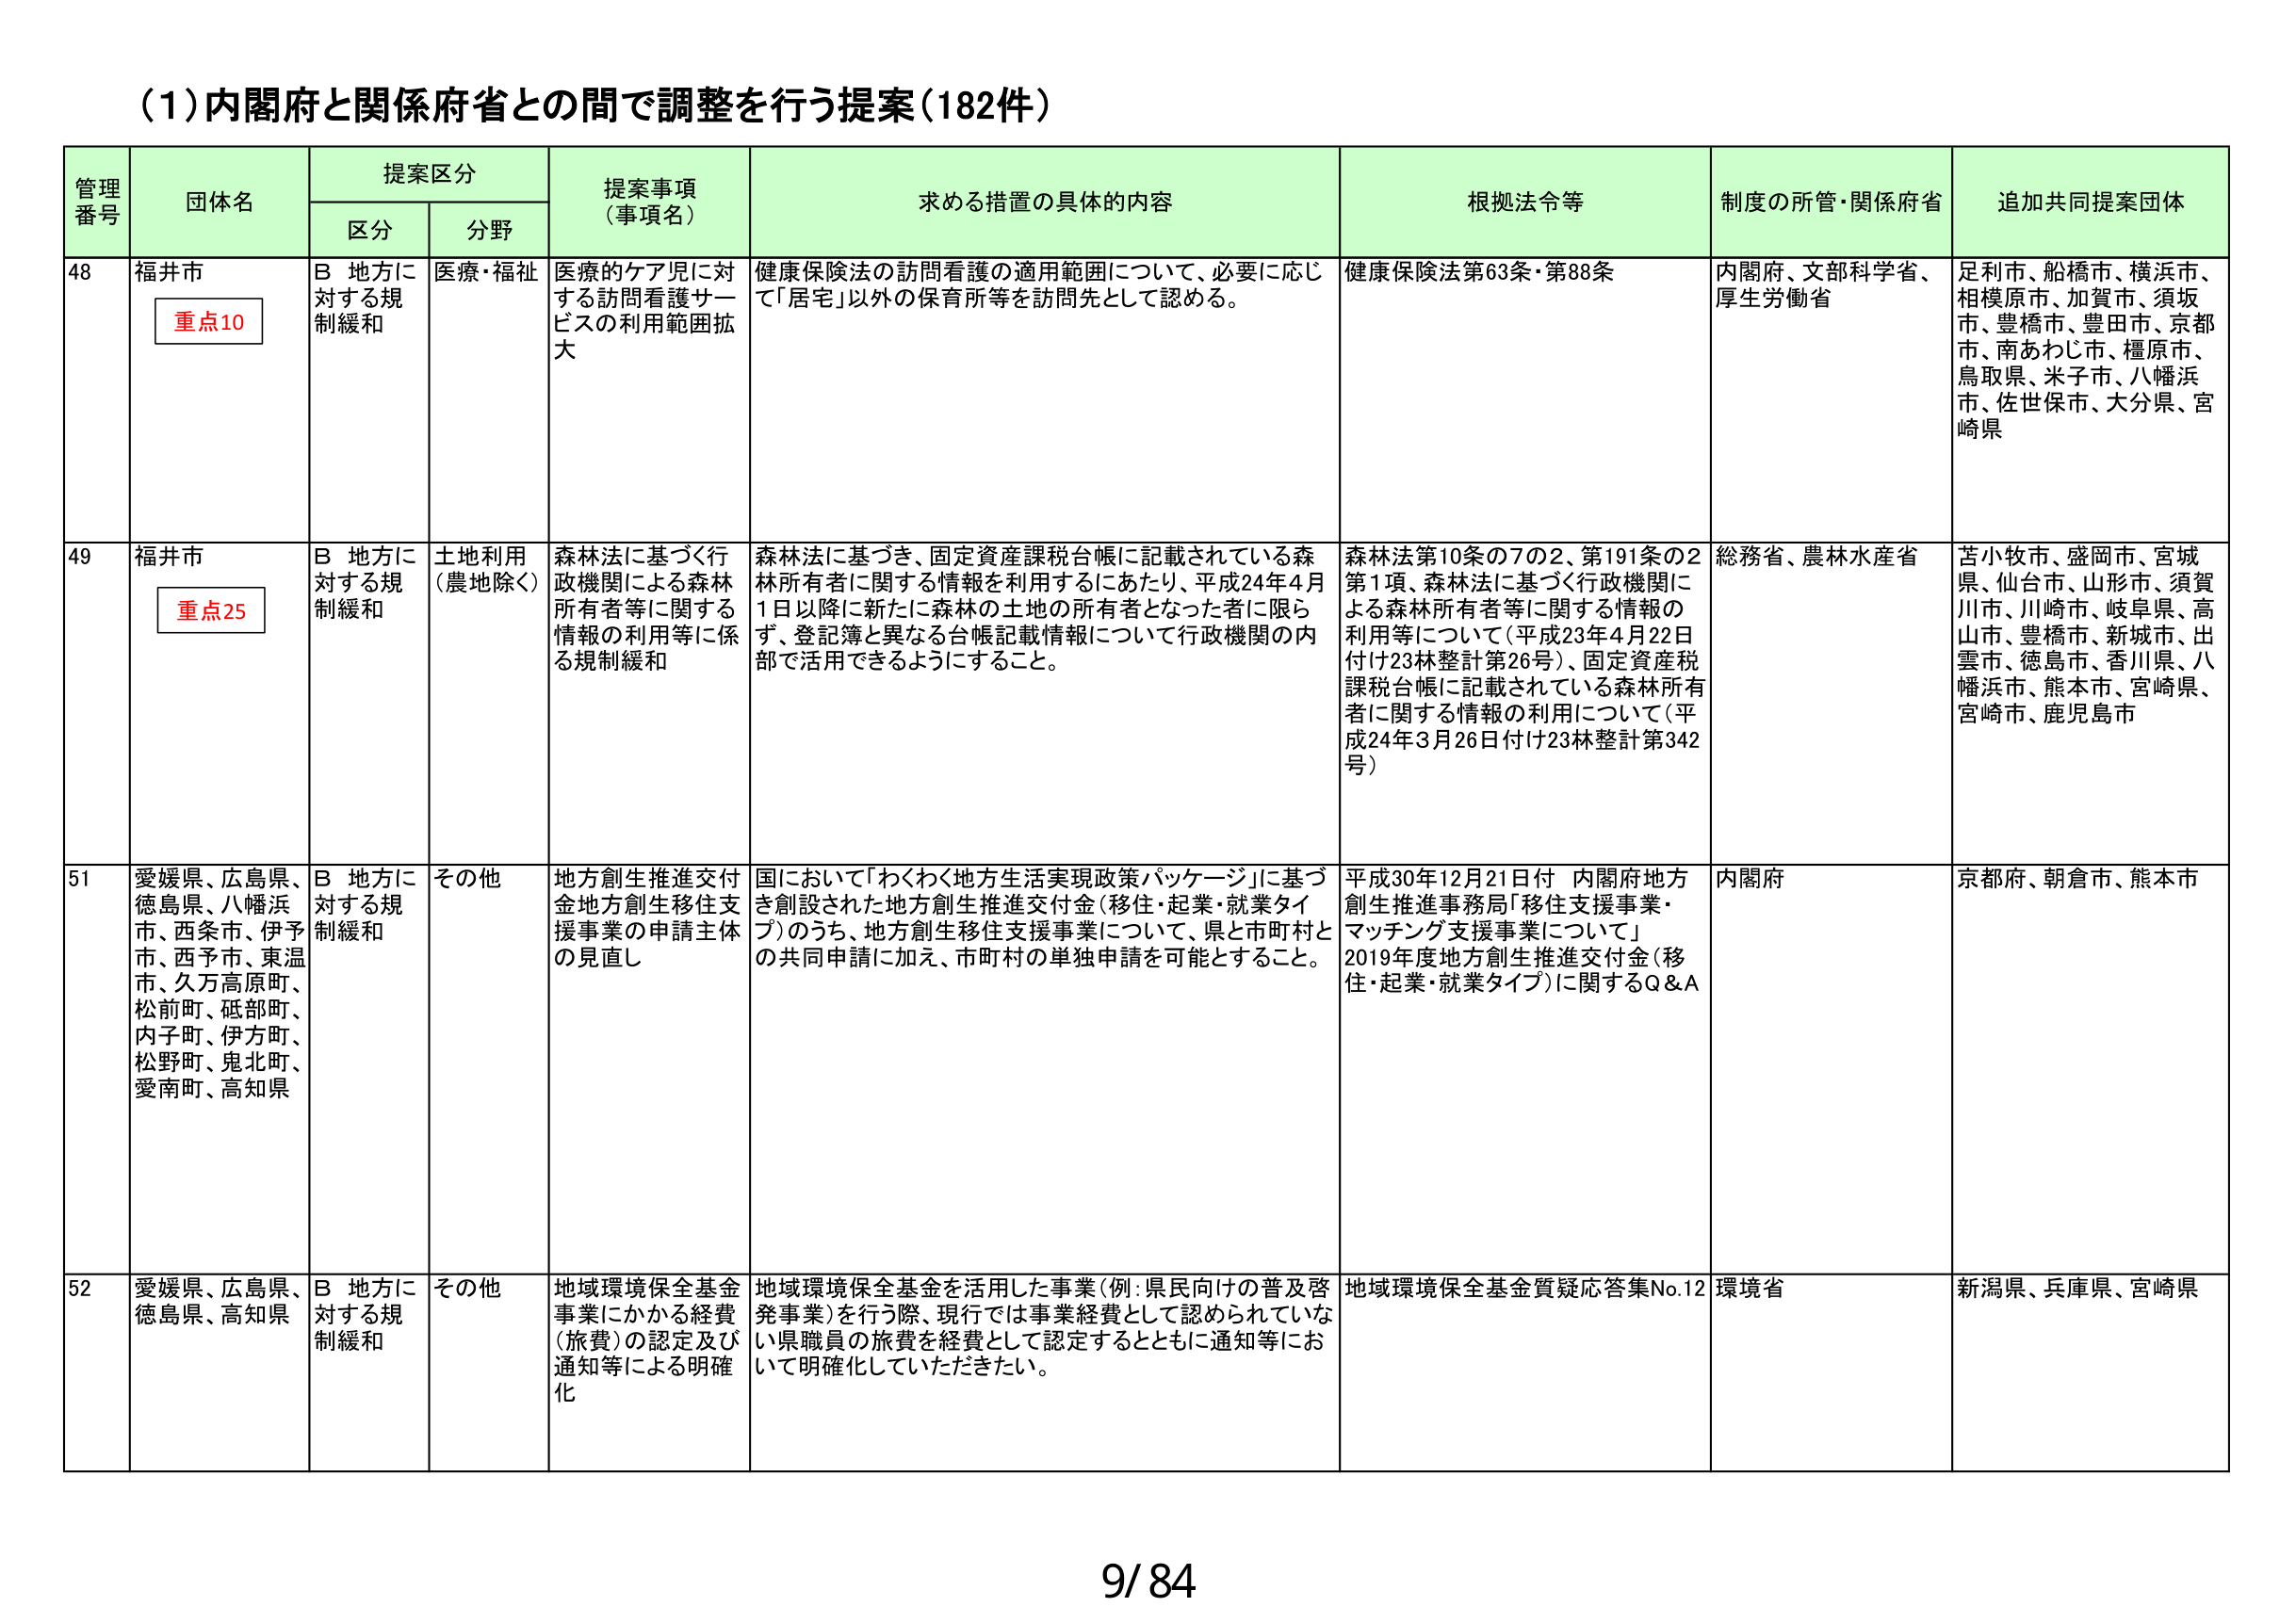
(1)内閣府と関係府省との間で調整を行う提案（182件）

管理番号 団体名 提案区分 提案事項（事項名） 求める措置の具体的内容 根拠法令等 制度の所管・関係府省 追加共同提案団体
区分 分野

48 福井市 重点10 B 地方に対する規制緩和 医療・福祉 医療的ケア児に対する訪問看護サービスの利用範囲拡大 健康保険法の訪問看護の適用範囲について、必要に応じて「居宅」以外の保育所等を訪問先として認める。 健康保険法第63条・第88条 内閣府、文部科学省、厚生労働省 足利市、船橋市、横浜市、相模原市、加賀市、須坂市、豊橋市、豊田市、京都市、南あわじ市、橿原市、鳥取県、米子市、八幡浜市、佐世保市、大分県、宮崎県

49 福井市 重点25 B 地方に対する規制緩和 土地利用（農地除く） 森林法に基づく行政機関による森林所有者等に関する情報の利用等に係る規制緩和 森林法に基づき、固定資産課税台帳に記載されている森林所有者に関する情報を利用するにあたり、平成24年4月1日以降に新たに森林の土地の所有者となった者に限らず、登記簿と異なる台帳記載情報について行政機関の内部で活用できるようにすること。 森林法第10条の7の2、第191条の2第1項、森林法に基づく行政機関による森林所有者等に関する情報の利用等について（平成23年4月22日付け23林整計第26号）、固定資産税課税台帳に記載されている森林所有者に関する情報の利用について（平成24年3月26日付け23林整計第342号） 総務省、農林水産省 苦小牧市、盛岡市、宮城県、仙台市、山形市、須賀川市、川崎市、岐阜県、高山市、豊橋市、新城市、出雲市、徳島市、香川県、八幡浜市、熊本市、宮崎県、宮崎市、鹿児島市

51 愛媛県、広島県、徳島県、八幡浜市、西条市、伊予市、西予市、東温市、久万高原町、松前町、砥部町、内子町、伊方町、松野町、鬼北町、愛南町、高知県 B 地方に対する規制緩和 その他 地方創生推進交付金地方創生移住支援事業の申請主体の見直し 国において「わくわく地方生活実現政策パッケージ」に基づき創設された地方創生推進交付金（移住・起業・就業タイプ）のうち、地方創生移住支援事業について、県と市町村との共同申請に加え、市町村の単独申請を可能とすること。 平成30年12月21日付 内閣府地方創生推進事務局「移住支援事業・マッチング支援事業について」2019年度地方創生推進交付金（移住・起業・就業タイプ）に関するQ&A 内閣府 京都府、朝倉市、熊本市

52 愛媛県、広島県、徳島県、高知県 B 地方に対する規制緩和 その他 地域環境保全基金事業にかかる経費（旅費）の認定及び通知等による明確化 地域環境保全基金を活用した事業（例：県民向けの普及啓発事業）を行う際、現行では事業経費として認められていない県職員の旅費を経費として認定するとともに通知等において明確化していただきたい。 地域環境保全基金質疑応答集No.12 環境省 新潟県、兵庫県、宮崎県

9/84